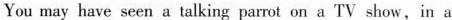
You may have seen a talking parrot on a TV show, in a